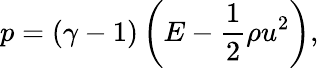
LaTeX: p=\left(\gamma-1\right)\left(E-\frac{1}{2}\rho u^{2}\right),